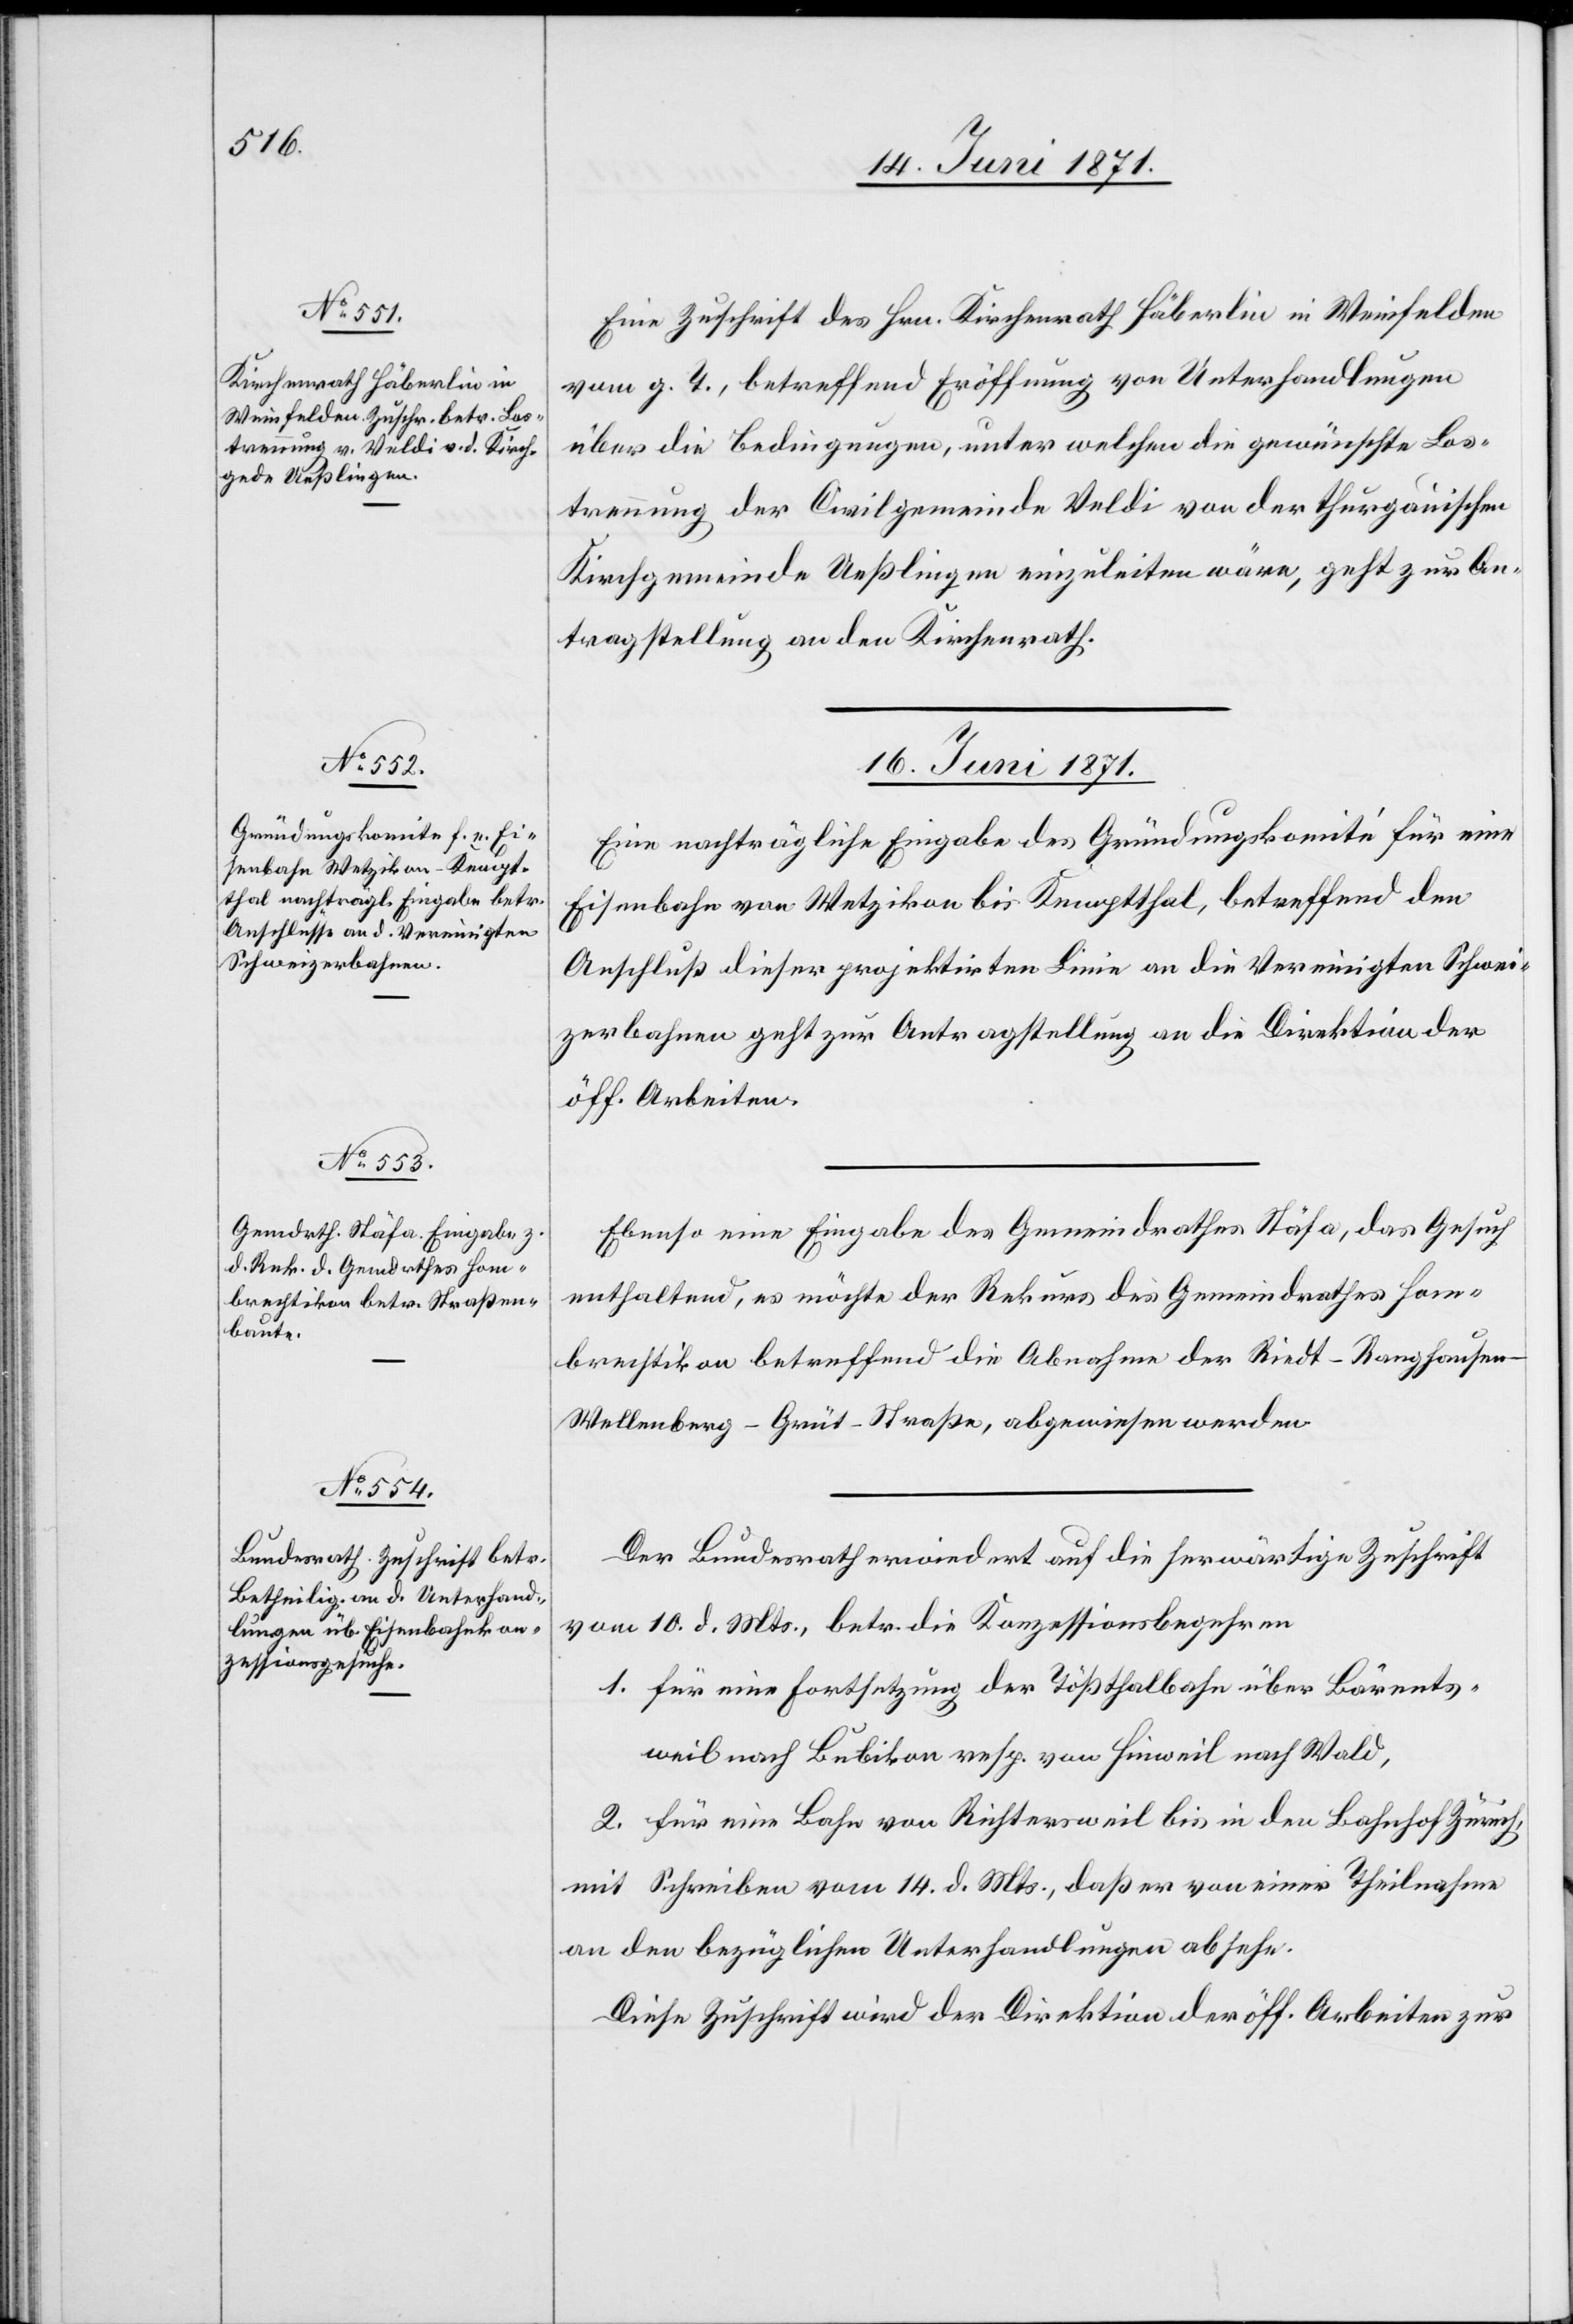
15. Juni 1871.]
Eine Zuschrift des Hrn. Kirchenrath Häberlin in Weinfelden
vom g. T., betreffend Eröffnung von Unterhandlungen
über die Bedingungen, unter welchen die gewünschte Los¬
trennung der Civilgemeinde Veldi von der thurgauischen
Kirchgemeinde Ueßlingen einzuleiten wäre, geht zur An¬
tragstellung an den Kirchenrath.
16. Juni 1871.]
Eine nachträgliche Eingabe des Gründungskomité für eine
Eisenbahn von Wetzikon bis Kemptthal, betreffend den
Anschluß dieser projektirten Linie an die Vereinigten Schwei¬
zerbahnen geht zur Antragstellung an die Direktion der
öff. Arbeiten.
Ebenso eine Eingabe des Gemeindrathes Stäfa, das Gesuch
enthaltend, es möchte der Rekurs des Gemeindrathes Hom¬
brechtikon betreffend die Abnahme der Riedt-Ranghausen-W¬
ellenberg-Grüt-Straße, abgewiesen werden.
Der Bundesrath erwiedert auf die herwärtige Zuschrift
vom 10. d. Mts., betr. die Konzessionsbegehren
1. für eine Fortsetzung der Tößthalbahn über Bärents¬
weil nach Bubikon resp. von Hinweil nach Wald,
2. für eine Bahn von Richtersweil bis in den Bahnhof Zürich,
mit Schreiben vom 14. d. Mts., daß er von einer Theilnahme
an den bezüglichen Unterhandlungen absehe.
Diese Zuschrift wird der Direktion der öff. Arbeiten zur